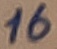
Text: 16